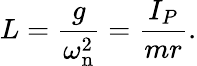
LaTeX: L={\frac{g}{\omega_{\mathrm{n}}^{2}}}={\frac{I_{P}}{mr}}.